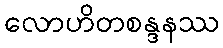
လောဟိတစန္ဒနဿ